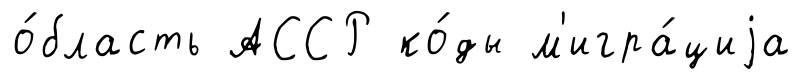
о́бласть АССР ко́ды м'игра́циjа